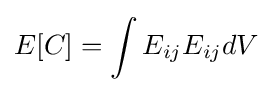
E[C]=\int E_{ij}E_{ij}dV